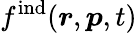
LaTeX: f^{\mathrm{ind}}(\boldsymbol{r},\boldsymbol{p},t)